Heimtali_vallavalitsus, lk 15
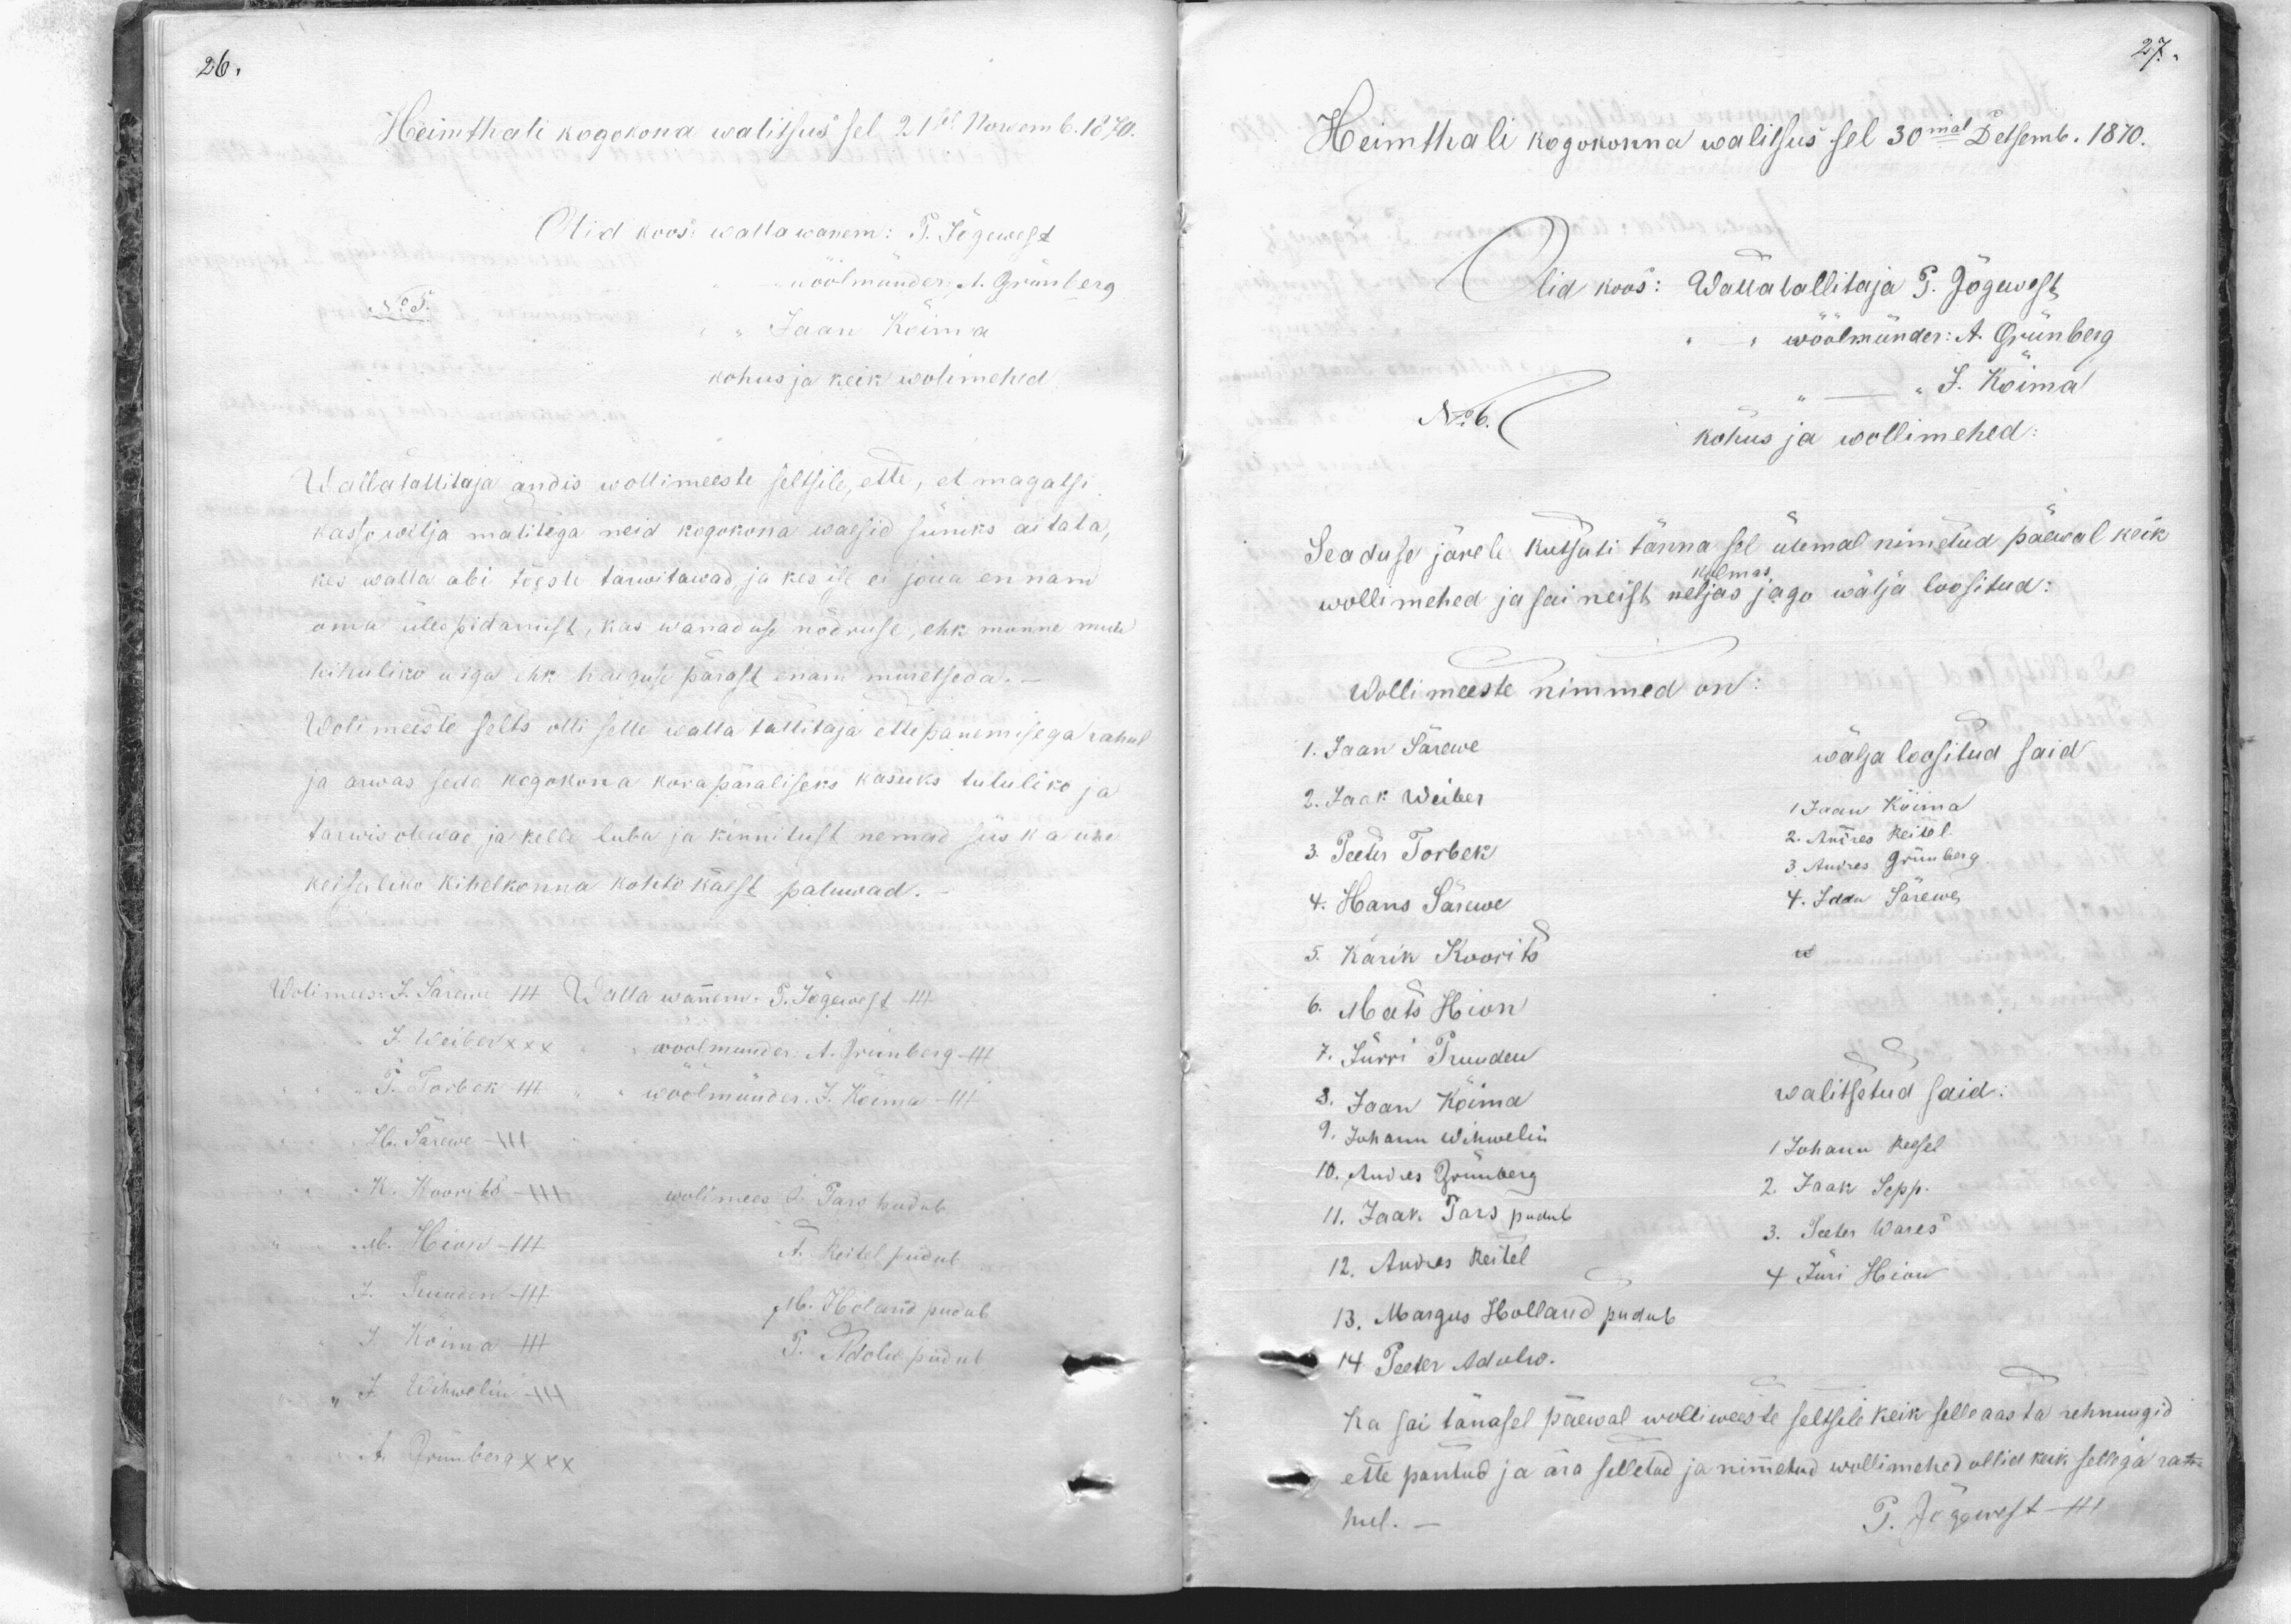
Heimthali kogokona walitsus sel 21sel Nowemb. 1870.
Olid koos: wallawanem: P. Jõgewest
wöölmünder A. Grünberg
No 5.
Jaan Koima
kohus ja keik wolimehed
Wallatallitaja andis wollimeeste seltsile ette, et magatsi
kasse wilja malitega neid kogokona waesid süniks aitata,
kes valla abi tõesti tarwitawad ja kes ise ei jõua ennam
oma ülespidamist, kas wanaduse nõdruse, ehk monne muu
teitsuliku u iga ehk haiguse pärast enam muretseda.
Wolimeeste selts olli selle walla tallitaja ettepanemisega rahul
ja arwas seda kogokona korapäraliseks kasuks tululiko ja
tarwis olewad ja kelle luba ja kinnitust nemad siis ka ühe
keiserliko kihelkonna kohto käest paluwad.
Wolimees: J. Särewe III. Walla wanem. p. Jõgewest III.
j. Weiber XXX - "wöölmünder A. Grünberg - III.
J. Torbek III. " " wöölmünder J. Koima - III
H. Särewe +++
K. Koorits - wolimees J. Pars pudub
M. Hion - III
A. Reitel pudub
J. Suinden III
M. Ibeland pudub
J. Koima
T. Adolu pudub
" J. Wihwelin XXX
A. Grünberg XXX

Heimthali kogokonna walitsus sel 30mal Detsemb. 1870.
Olid koos: Wallatallitaja P. Jõgewest
wöölmünder: A. Grünberg
J. Koima
No: 6.
kohus ja wollimehed
Seaduse järele kutsuti tänna sel ülemal nimetud päeval keik
wollimehed ja sai neist kolmas jagu wälja loositud:
Wollimeeste nimmed on:
1. Jaan Särewe
wälja loositud said
2. Jaak Weiber
1 Jaan Kõima
3. Peeter Torbek
2. Andres Reitel
3. Andres Grünberg.
4. Hans Särwe
4. Jaan Särewe
5. Karik Koorits
6. Mats Hion
7. Jürri Pruuden
3. Jaan Koima
walitsetud said.
9. Johann Wihwelin
1 Johann Reesel
10. Andres Grünberg
2. Jaak Sepp
11. Jaak Pars pudub
3. Peeter Wares
12. Andres Reitel
4 Jüri Hion
13. Margus Holland pudub
14 Peeter Adolw.
Ka sai tänasel päewal wollimeeste seltsile keik selle aasta rehnuugid
ette pantud ja ära selletud ja nimetud wollimehed ollid keik sellega ra-
hul.
P. Jõgewest III